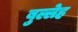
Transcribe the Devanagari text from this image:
बुल्लेह